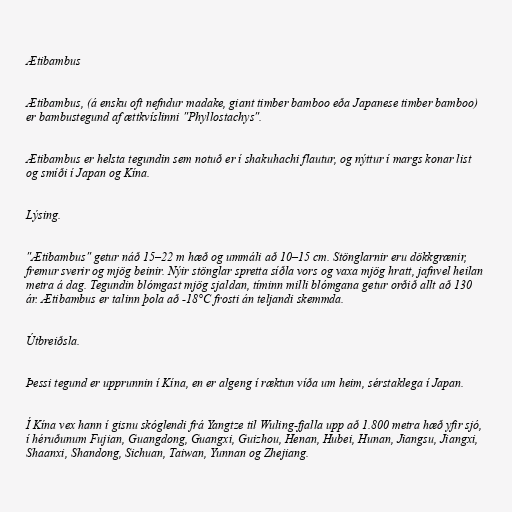
Ætibambus

Ætibambus, (á ensku oft nefndur madake, giant timber bamboo eða Japanese timber bamboo)
er bambustegund af ættkvíslinni "Phyllostachys".

Ætibambus er helsta tegundin sem notuð er í shakuhachi flautur, og nýttur í margs konar list
og smíði í Japan og Kína.

Lýsing.

"Ætibambus" getur náð 15–22 m hæð og ummáli að 10–15 cm. Stönglarnir eru dökkgrænir,
fremur sverir og mjög beinir. Nýir stönglar spretta síðla vors og vaxa mjög hratt, jafnvel heilan
metra á dag. Tegundin blómgast mjög sjaldan, tíminn milli blómgana getur orðið allt að 130
ár. Ætibambus er talinn þola að -18°C frosti án teljandi skemmda.

Útbreiðsla.

Þessi tegund er upprunnin í Kína, en er algeng í ræktun víða um heim, sérstaklega í Japan.

Í Kína vex hann í gisnu skóglendi frá Yangtze til Wuling-fjalla upp að 1.800 metra hæð yfir sjó,
í héruðunum Fujian, Guangdong, Guangxi, Guizhou, Henan, Hubei, Hunan, Jiangsu, Jiangxi,
Shaanxi, Shandong, Sichuan, Taiwan, Yunnan og Zhejiang.